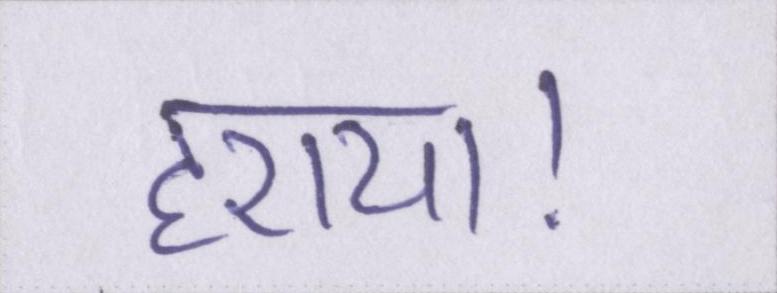
हराया।